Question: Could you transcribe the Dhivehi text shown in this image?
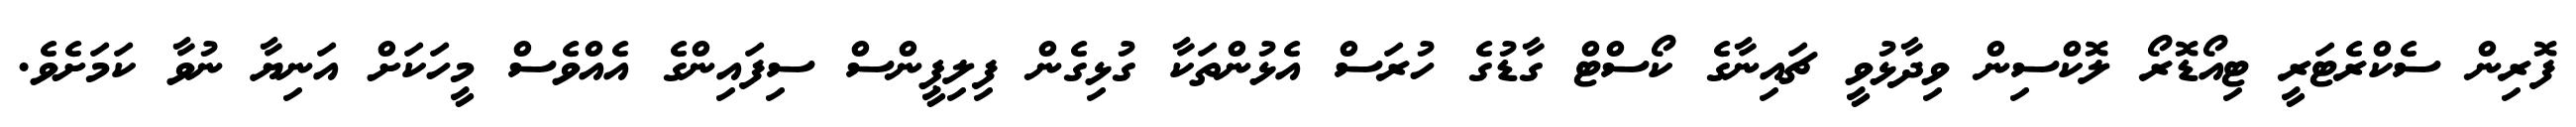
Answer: ފޮރިން ސެކްރެޓަރީ ޓިއޯޑޮރޯ ލޮކްސިން ވިދާޅުވީ ޗައިނާގެ ކޯސްޓް ގާޑުގެ ހުރަސް އެޅުންތަކާ ގުޅިގެން ފިލިޕީންސް ސިފައިންގެ އެއްވެސް މީހަކަށް އަނިޔާ ނުވާ ކަމަށެވެ.